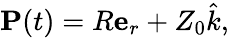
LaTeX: {\textbf{P}}(t)=R{\textbf{e}}_{r}+Z_{0}{\hat{k}},